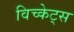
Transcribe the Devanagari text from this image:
विच्केट्स